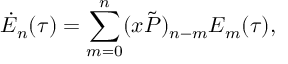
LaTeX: \dot { E } _ { n } ( \tau ) = \sum _ { m = 0 } ^ { n } ( x \tilde { P } ) _ { n - m } E _ { m } ( \tau ) ,